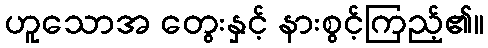
ဟူသောအ တွေးနှင့် နားစွင့်ကြည့်၏။